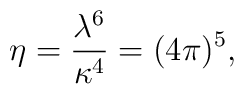
\eta = {\lambda^6 \over \kappa^4} = (4\pi)^5,